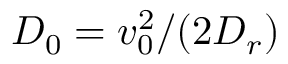
D _ { 0 } = v _ { 0 } ^ { 2 } / ( 2 D _ { r } )